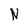
Character: N